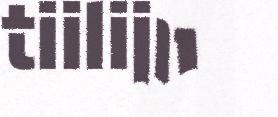
tiilijn